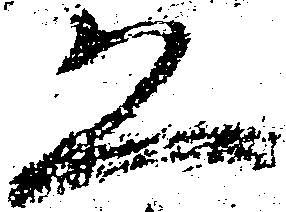
恐